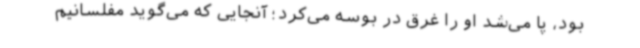
بود، پا می‌شد او را غرق در بوسه می‌کرد؛ آنجایی که می‌گوید مفلسانیم